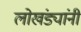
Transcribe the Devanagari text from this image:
लोखंड्यांनी